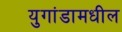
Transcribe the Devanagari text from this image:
युगांडामधील